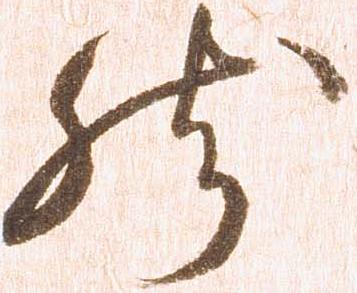
然